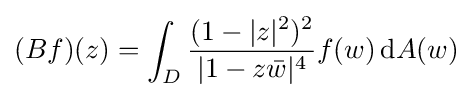
(Bf)(z)=\int _{D}{\frac {(1-|z|^{2})^{2}}{|1-z{\bar {w}}|^{4}}}f(w)\,\mathrm {d} A(w)